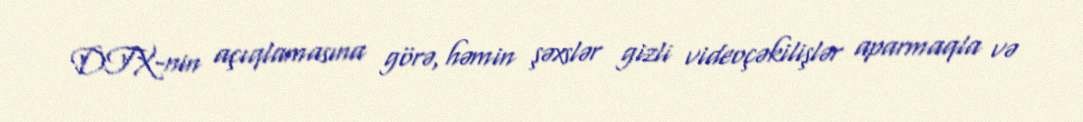
DTX-nin açıqlamasına görə, həmin şəxslər gizli videoçəkilişlər aparmaqla və